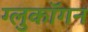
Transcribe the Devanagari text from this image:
ग्लुकॉगन